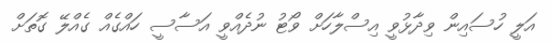
އަލީ ހުސައިން ވިދާޅުވީ އިސްލާހަށް ވޯޓު ނުދެއްވީ އަސާސީ ހައްގެއް ގެއްލޭ ގޮތަށް